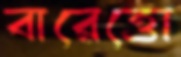
বারেত্তো